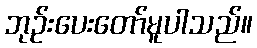
ဘုဉ်းပေးတော်မူပါသည်။